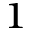
^ { 1 }